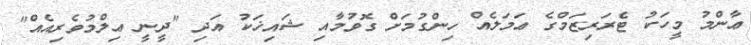
ޢާންމު މީހަކު ޓެރަރިޒަމްގެ ޢަމަލެއް ހިންގުމަށް ގޮވުމާއި ޝައިޚަކު އަދި "ދީނީ ޢިލްމުވެރިއެއް"